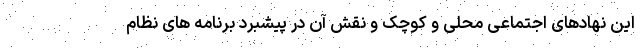
این نهادهای اجتماعی محلی و کوچک و نقش آن در پیشبرد برنامه های نظام